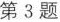
第3题